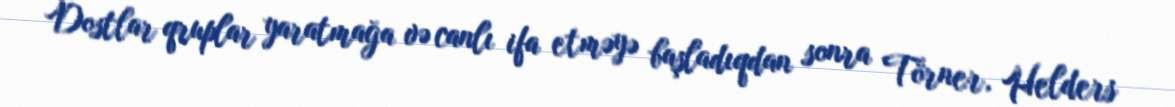
Dostlar qruplar yaratmağa və canlı ifa etməyə başladıqdan sonra Törner, Helders